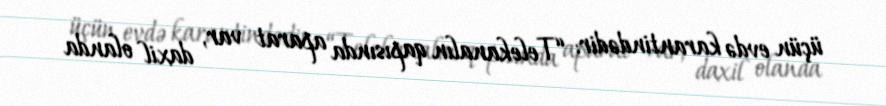
üçün evdə karantindədir: “Telekanalın qapısında aparat var, daxil olanda